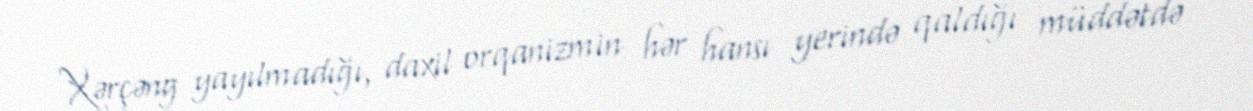
Xərçəng yayılmadığı, daxil orqanizmin hər hansı yerində qaldığı müddətdə